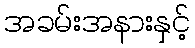
အခမ်းအနားနှင့်